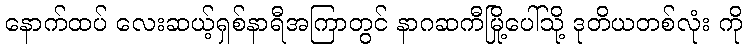
နောက်ထပ် လေးဆယ့်ရှစ်နာရီအကြာတွင် နာဂဆကီမြို့ပေါ်သို့ ဒုတိယတစ်လုံး ကို